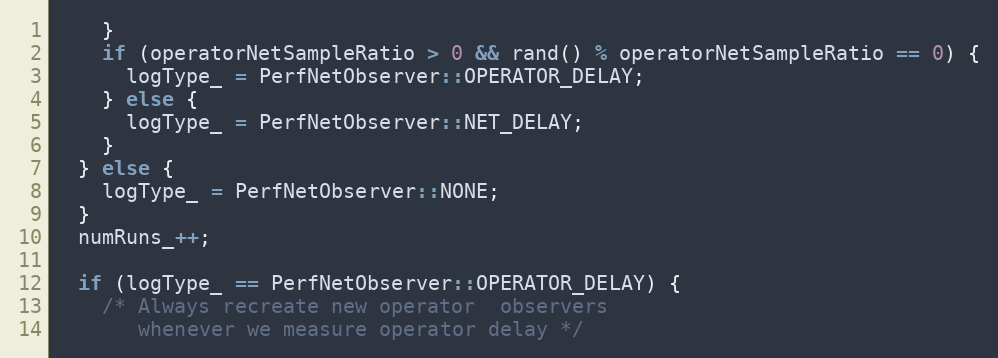
Language: C++
    }
    if (operatorNetSampleRatio > 0 && rand() % operatorNetSampleRatio == 0) {
      logType_ = PerfNetObserver::OPERATOR_DELAY;
    } else {
      logType_ = PerfNetObserver::NET_DELAY;
    }
  } else {
    logType_ = PerfNetObserver::NONE;
  }
  numRuns_++;

  if (logType_ == PerfNetObserver::OPERATOR_DELAY) {
    /* Always recreate new operator  observers
       whenever we measure operator delay */